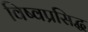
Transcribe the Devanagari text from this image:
विष्वप्रसिद्ध